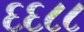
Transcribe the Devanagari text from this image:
६६८८